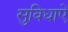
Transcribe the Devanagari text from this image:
सुविधाएें